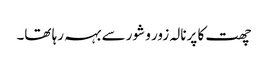
چھت کا پرنالہ زور و شور سے بہہ رہا تھا۔